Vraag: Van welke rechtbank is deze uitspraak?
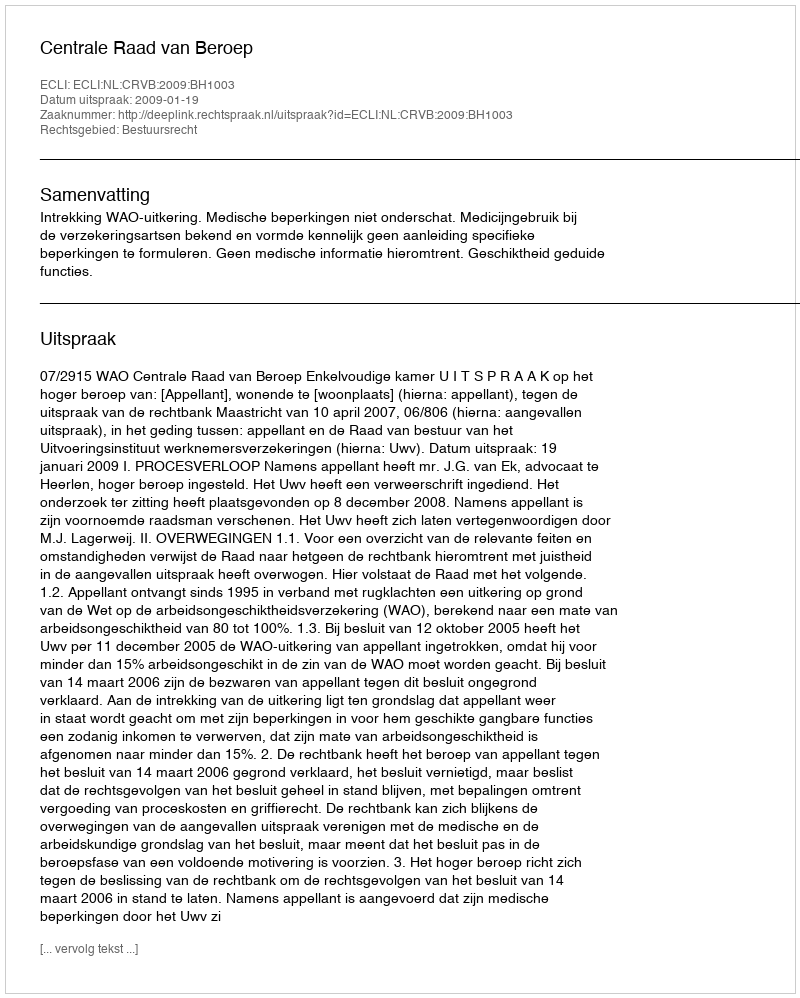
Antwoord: Centrale Raad van Beroep